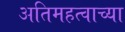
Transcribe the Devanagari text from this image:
अतिमहत्वाच्या